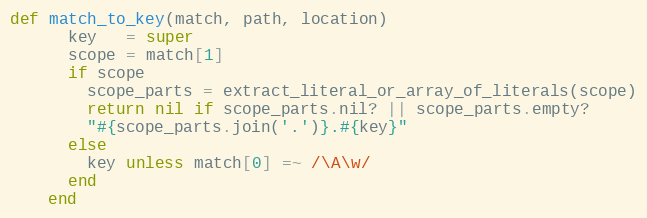
Language: Ruby
def match_to_key(match, path, location)
      key   = super
      scope = match[1]
      if scope
        scope_parts = extract_literal_or_array_of_literals(scope)
        return nil if scope_parts.nil? || scope_parts.empty?
        "#{scope_parts.join('.')}.#{key}"
      else
        key unless match[0] =~ /\A\w/
      end
    end